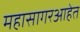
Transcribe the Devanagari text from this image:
महासागरआहेत